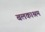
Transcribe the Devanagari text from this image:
बलकाश्रम